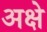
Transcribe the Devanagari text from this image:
अक्षे